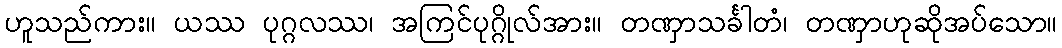
ဟူသည်ကား။ ယဿ ပုဂ္ဂလဿ၊ အကြင်ပုဂ္ဂိုလ်အား။ တဏှာသင်္ခါတံ၊ တဏှာဟုဆိုအပ်သော။